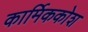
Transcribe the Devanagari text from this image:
कार्मिककोश